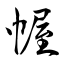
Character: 幄